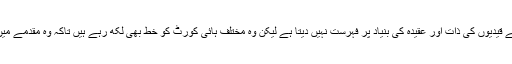
روی شنکر پرساد نے کہا ہے کہ وزارت جیل کے قیدیوں کی ذات اور عقیدہ کی بنیاد پر فہرست نہیں دیتا ہے لیکن وہ مختلف ہائی کورٹ کو خط بھی لکھ رہے ہیں تاکہ وہ مقدمے میں پھنسے لوگوں کے حقوق کی حفاظت کر سکیں۔